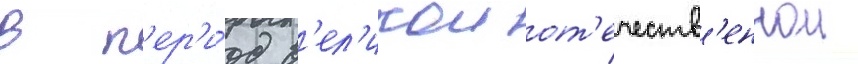
в п'ер'и́од в'ел'икои от'ечеств'еннои